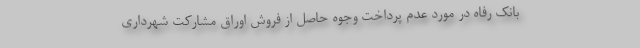
بانک رفاه در مورد عدم پرداخت وجوه حاصل از فروش اوراق مشارکت شهرداری